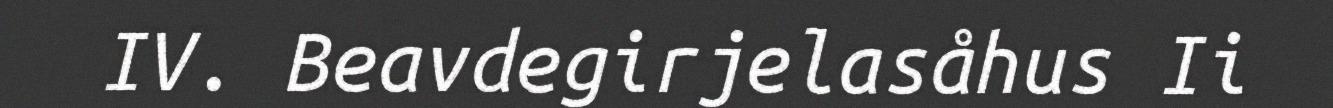
IV. Beavdegirjelasåhus Ii